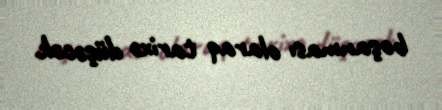
boşanması olaraq tarixə düşəcək.